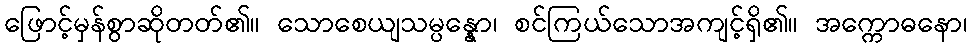
ဖြောင့်မှန်စွာဆိုတတ်၏။ သောစေယျသမ္ပန္နော၊ စင်ကြယ်သောအကျင့်ရှိ၏။ အက္ကောဓနော၊